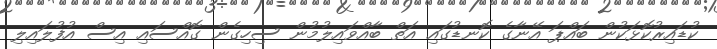
ކުޑައިރުކޮޅަކުން ބައްޕަ އޭނާގެ ކޮނޑުގައި އަތް ބާއްވައިލުމުން ސިހިގެން ގޮއްސައި އިސް އުފުލައިލި